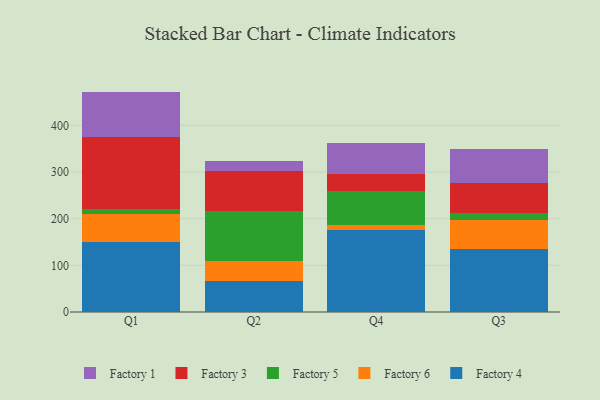
{"axis": {"x": "Quarter", "y": "Humidity (%)"}, "legend": ["Factory 1", "Factory 3", "Factory 4", "Factory 5", "Factory 6"], "data": [{"x": "Q1", "y": 150.6, "type": "Factory 4"}, {"x": "Q1", "y": 59.3, "type": "Factory 6"}, {"x": "Q1", "y": 11.1, "type": "Factory 5"}, {"x": "Q1", "y": 153.9, "type": "Factory 3"}, {"x": "Q1", "y": 97.4, "type": "Factory 1"}, {"x": "Q2", "y": 66.1, "type": "Factory 4"}, {"x": "Q2", "y": 44.2, "type": "Factory 6"}, {"x": "Q2", "y": 106.4, "type": "Factory 5"}, {"x": "Q2", "y": 85.4, "type": "Factory 3"}, {"x": "Q2", "y": 20.9, "type": "Factory 1"}, {"x": "Q4", "y": 175.8, "type": "Factory 4"}, {"x": "Q4", "y": 9.6, "type": "Factory 6"}, {"x": "Q4", "y": 74.7, "type": "Factory 5"}, {"x": "Q4", "y": 34.6, "type": "Factory 3"}, {"x": "Q4", "y": 67.6, "type": "Factory 1"}, {"x": "Q3", "y": 134.2, "type": "Factory 4"}, {"x": "Q3", "y": 63.2, "type": "Factory 6"}, {"x": "Q3", "y": 14.6, "type": "Factory 5"}, {"x": "Q3", "y": 64.1, "type": "Factory 3"}, {"x": "Q3", "y": 73.4, "type": "Factory 1"}]}